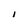
Character: I